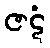
ဇဋံ